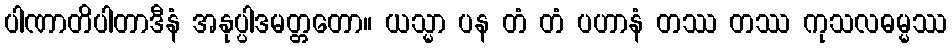
ပါဏာတိပါတာဒီနံ အနုပ္ပါဒမတ္တတော။ ယသ္မာ ပန တံ တံ ပဟာနံ တဿ တဿ ကုသလဓမ္မဿ